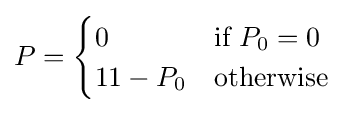
P={\begin{cases}0&{\text{if }}P_{0}=0\\11-P_{0}&{\text{otherwise }}\end{cases}}